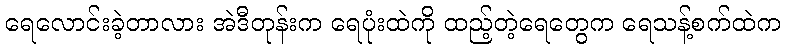
ရေလောင်းခဲ့တာလား အဲဒီတုန်းက ရေပုံးထဲကို ထည့်တဲ့ရေတွေက ရေသန့်စက်ထဲက